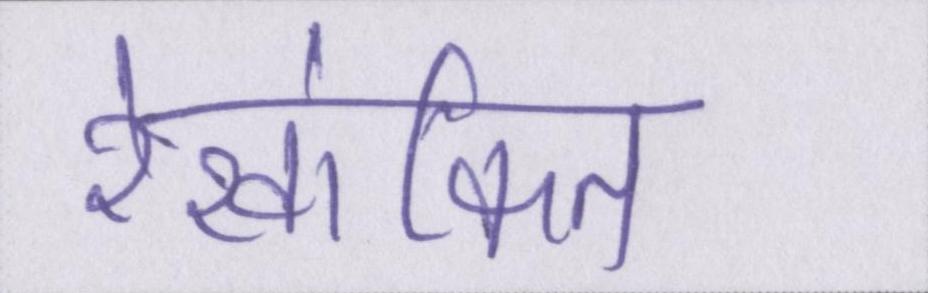
रेखांकित